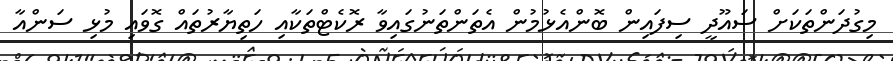
މިގުދަންތަކަށް ސައޫދީ ސިފައިން ބޮންއެޅުމުން އެތަންތަނުގައިވާ ރޮކެޓްތަކާއި ހަތިޔާރުތައް ގޮވައި މުޅި ސަންއާ